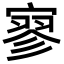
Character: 寥